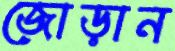
জোড়ান